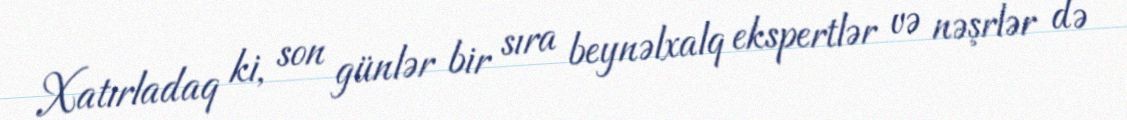
Xatırladaq ki, son günlər bir sıra beynəlxalq ekspertlər və nəşrlər də